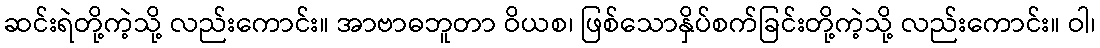
ဆင်းရဲတို့ကဲ့သို့ လည်းကောင်း။ အာဗာဓဘူတာ ဝိယစ၊ ဖြစ်သောနှိပ်စက်ခြင်းတို့ကဲ့သို့ လည်းကောင်း။ ဝါ၊